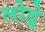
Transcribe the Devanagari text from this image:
लोड्रे